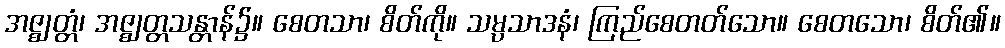
အဇ္ဈတ္တံ၊ အဇ္ဈတ္တသန္တာန်၌။ စေတသာ၊ စိတ်ကို။ သမ္ပသာဒနံ၊ ကြည်စေတတ်သော။ စေတသော၊ စိတ်၏။